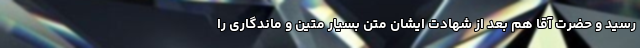
رسید و حضرت آقا هم بعد از شهادت ایشان متن بسیار متین و ماندگاری را